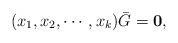
LaTeX: \begin{align*}(x_1,x_2,\cdots,x_k)\bar{G}={\bf 0},\end{align*}